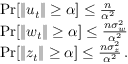
\begin{array} { r l } & { \operatorname* { P r } [ \ensuremath { \lVert u _ { t } \rVert } \geq \alpha ] \leq \frac { n } { \alpha ^ { 2 } } } \\ & { \operatorname* { P r } [ \ensuremath { \lVert w _ { t } \rVert } \geq \alpha ] \leq \frac { n \sigma _ { w } ^ { 2 } } { \alpha ^ { 2 } } } \\ & { \operatorname* { P r } [ \ensuremath { \lVert z _ { t } \rVert } \geq \alpha ] \leq \frac { n \sigma _ { z } ^ { 2 } } { \alpha ^ { 2 } } \, . } \end{array}